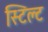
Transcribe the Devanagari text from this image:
स्टिल्ट